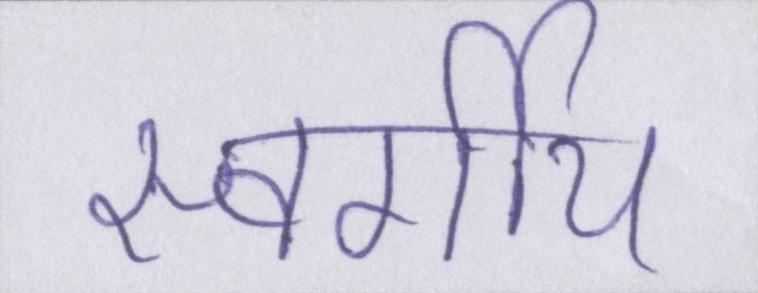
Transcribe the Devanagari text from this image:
स्वर्गीय